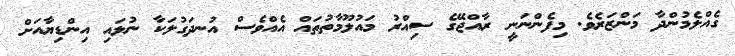
ގެއްލެމުންދާ މަންޒަރެވެ. މިފެންނަނީ ރާއްޖޭގެ ސިއްރު މައުލޫމާތުތައް އެއްވެސް އުނދަގުލަކާ ނުލައި އިންޑިޔާއަށް